Lunatic asylums in Bengal annual reports 1912-1924 - 1912-1924
Year: 1912
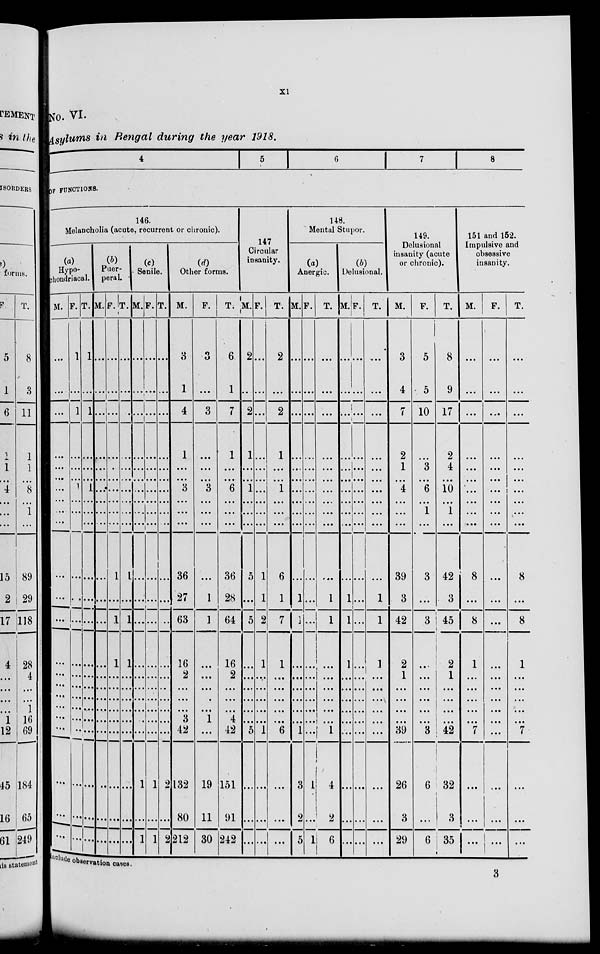
xi
No. VI.
Asylums in Bengal during the year 1918.
4
5
6 7
8
OF FUNCTIONS.
146.
Melancholia (acute, recurrent or chronic).
(a)
Hypo-
chondriacal.
M.
...
...
...
...
...
...
...
...
...
...
...
...
...
...
...
...
...
...
...
...
...
...
...
F.
1
...
1
...
...
...
1
...
...
...
...
...
...
...
...
...
...
...
...
...
...
...
...
T.
1
...
1
...
...
...
1
...
...
...
...
...
...
...
...
...
...
...
...
...
...
...
...
(b)
Puer-
peral.
M.
...
...
...
...
...
...
...
...
...
...
...
...
...
...
...
...
...
...
...
...
...
...
...
F.
...
...
...
...
...
...
...
...
...
...
1
...
1
1
...
...
...
...
...
...
...
...
...
T.
...
...
...
...
...
...
...
...
...
...
1
...
1
1
...
...
...
...
...
...
...
...
...
(c)
Senile.
M.
...
...
...
...
...
...
...
...
...
...
...
...
...
...
...
...
...
...
...
...
1
...
1
F.
...
...
...
...
...
...
...
...
...
...
...
...
...
...
...
...
...
...
...
...
1
...
1
T.
...
...
...
...
...
...
...
...
...
...
...
...
..
...
...
...
...
...
...
...
2
...
2
(d)
Other forms.
M.
3
1
4
1
...
...
3
...
...
...
36
27
63
16
2
...
...
...
3
42
132
80
212
F.
3
...
3
...
...
...
3
...
...
...
...
1
1
...
...
...
...
...
1
...
19
11
30
T.
6
1
7
1
...
...
6
...
...
...
36
28
64
16
2
...
...
...
4
42
151
91
242
147
Circular
insanity.
M.
2
...
2
1
...
...
1
...
...
...
5
...
5
...
...
...
...
...
...
5
...
...
...
F.
...
...
...
...
...
...
...
...
...
...
1
1
2
1
...
...
...
...
...
1
...
...
...
T.
2
...
2
1
...
...
1
...
...
...
6
1
7
1
...
...
...
...
...
6
...
...
...
148.
Mental Stupor.
(a)
Anergic.
M.
...
...
...
...
...
...
...
...
...
...
...
1
1
...
...
...
...
...
... 1
3
2
5
F.
...
...
...
...
...
...
...
...
...
...
...
...
...
...
...
...
...
...
...
...
1
...
1
T.
...
...
...
...
...
...
...
...
...
...
...
1
1
...
...
...
...
...
...
1
4
2
6
(b)
Delusional.
M.
...
...
...
...
...
...
...
...
...
...
...
1
1
1
...
...
...
...
...
...
...
...
...
F.
...
...
...
...
...
...
...
...
...
...
...
...
...
...
...
...
...
...
...
...
...
...
...
T.
...
...
...
...
...
...
...
...
...
...
...
1
1
1
...
...
...
...
...
...
...
...
...
149.
Delusional
insanity (acute
or chronic).
M
3
4
7
2
1
...
4
...
...
...
39
3
42
2
1
...
...
...
...
39
26
3
29
F.
5
5
10
...
3
...
6
...
1
...
3
...
3
...
...
...
...
...
...
3
6
...
6
T.
8
9
17
2
4
...
10
...
1
...
42
3
45
2
1
...
...
...
...
42
32
3
35
151 and 152.
Impulsive and
obsessive
insanity.
M.
...
...
...
...
...
...
...
...
...
...
8
...
8
1
...
...
...
...
...
7
...
...
...
F.
...
...
...
...
...
...
...
...
...
...
...
...
...
...
...
...
...
...
...
...
...
...
...
T.
...
...
...
...
...
...
...
...
...
...
8
...
8
1
...
...
...
...
...
7
...
...
...
include observation cases.
3